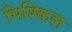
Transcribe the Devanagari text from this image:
मिश्किल